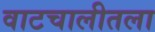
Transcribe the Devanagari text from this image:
वाटचालीतला